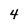
Character: 4